Lunatic asylums in Bengal annual reports 1912-1924 - 1912-1924
Year: 1912
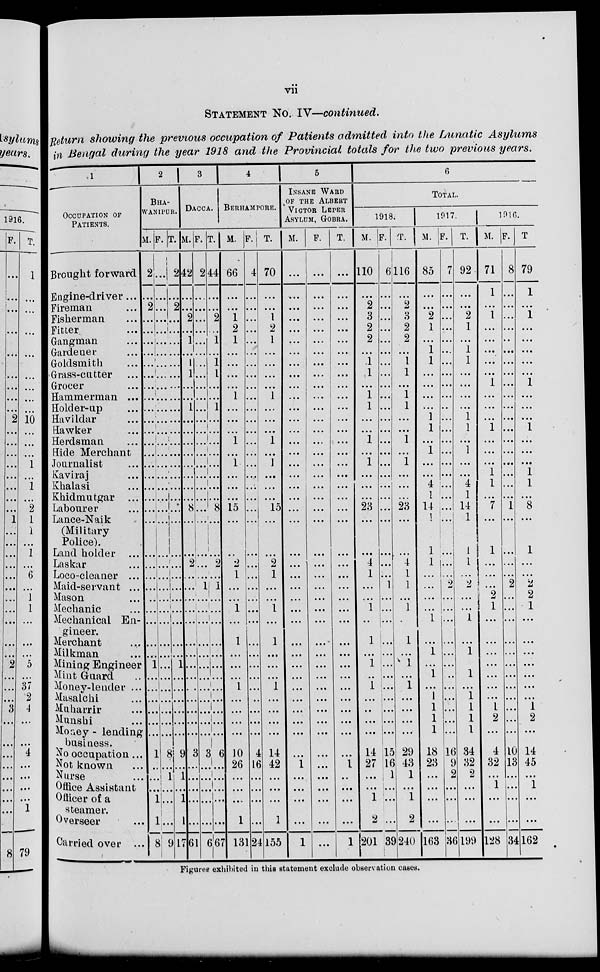
vii
STATEMENT No. IV—continued.
Return showing the previous occupation of Patients admitted into the Lunatic Asylums
in Bengal during the year 1918 and the Provincial totals for the two previous years.
1
OCCUPATION OF
PATIENTS.
Brought forward
Engine-driver ...
Fireman ...
Fisherman ...
Fitter ...
Gangman ...
Gardener ...
Goldsmith ...
Grass-cutter ...
Grocer ...
Hammerman ...
Holder-up ...
Havildar ...
Hawker ...
Herdsman ...
Hide Merchant
Journalist ...
Kaviraj ...
Khalasi ...
Khidmutgar ...
Labourer ...
Lauce-Naik
(Military
Police).
Land holder ...
Laskar ...
Loco-cleaner ...
Maid-servant ...
Mason ...
Mechanic ...
Mechanical En-
gineer.
Merchant ...
Milkman ...
Mining Engineer
Mint Guard ...
Money-lender ...
Masalchi ...
Muharrir ...
Munshi ...
Money - lending
business.
No occupation ...
Not known ...
Nurse ...
Office Assistant
Officer of a
steamer.
Overseer ...
Carried over ...
2
BHA-
WANIPUR.
M.
2
...
2
...
...
...
...
...
...
...
...
...
...
...
...
...
...
...
...
...
...
...
...
...
...
...
...
...
...
...
...
1
...
...
...
...
...
...
1
...
...
...
1
1
8
F.
...
...
...
...
...
...
...
...
...
...
...
...
...
...
...
...
...
...
...
...
...
...
...
...
...
...
...
...
...
...
...
...
...
...
...
...
...
...
8
...
1
...
...
...
9
T.
2
...
2
...
...
...
...
...
...
...
...
...
...
...
...
...
...
...
...
...
...
...
...
...
...
...
...
...
...
...
...
1
...
...
...
...
...
...
9
...
1
...
1
1
17
3
DACCA.
M.
42
...
...
2
...
1
...
1
1
...
...
1
...
...
...
...
...
...
...
...
8
...
...
2
...
...
...
...
...
...
...
...
...
...
...
...
...
...
3
...
...
...
...
...
61
F.
2
...
...
...
...
...
...
...
...
...
...
...
...
...
...
...
...
...
...
...
...
...
...
...
...
1
...
...
...
...
...
...
...
...
...
...
...
...
3
...
...
...
...
...
6
T.
44
...
...
2
...
1
...
1
1
...
...
1
...
...
...
...
...
...
...
...
8
...
...
2
...
1
...
...
...
...
...
...
...
...
...
...
...
...
6
...
...
...
...
...
67
4
BERHAMPORE.
M
66
...
...
1
2
1
...
...
...
...
1
...
...
...
1
...
1
...
...
...
15
...
...
2
1
...
...
1
...
1
...
...
...
1
...
...
...
...
10
26
...
...
...
1
131
F.
4
...
...
...
...
...
...
...
...
...
...
...
...
...
...
...
...
...
...
...
...
...
...
...
...
...
...
...
...
...
...
...
...
...
...
...
...
...
4
16
...
...
...
...
24
T.
70
...
...
1
2
1
...
...
...
...
1
...
...
...
1
...
1
...
...
...
15
...
...
2
1
...
...
1
...
1
...
...
...
1
...
...
...
...
14
42
...
...
...
1
155
5
INSANE WARD
OF THE ALBERT
VICTOR LEPER
ASYLUM, GOBRA.
M.
...
...
...
...
...
...
...
...
...
...
...
...
...
...
...
...
...
...
...
...
...
...
...
...
...
...
...
...
...
...
...
...
...
...
...
...
...
...
...
1
...
...
...
...
1
F.
...
...
...
...
...
...
...
...
...
...
...
...
...
...
...
...
...
...
...
...
...
...
...
...
...
...
...
...
...
...
...
...
...
...
...
...
...
...
...
...
...
...
...
...
...
T.
...
...
...
...
...
...
...
...
...
...
...
...
...
...
...
...
...
...
...
...
...
...
...
...
...
...
...
...
...
...
...
...
...
...
...
...
...
...
...
1
...
...
...
...
1
6
TOTAL.
1918.
M.
110
...
2
3
2
2
...
1
1
...
1
1
...
...
1
...
1
...
...
...
23
...
...
4
1
...
...
1
...
1
...
1
...
1
...
...
...
...
14
27
...
...
1
2
201
F.
6
...
...
...
...
...
...
...
...
...
...
...
...
...
...
...
...
...
...
...
...
...
...
...
...
1
...
...
...
...
...
...
...
...
...
...
...
...
15
16
1
...
...
...
39
T.
116
...
2
3
2
2
...
1
1
...
1
1
...
...
1
...
1
...
...
...
23
...
...
4
1
1
...
1
...
1
...
1
...
1
...
...
...
...
29
43
1
...
1
2
240
1917.
M.
85
...
...
2
1
...
1
1
...
...
...
...
1
1
...
1
...
...
4
1
14
1
1
1
...
...
...
...
1
...
1
...
1
...
1
1
1
1
18
23
...
...
...
...
163
F.
7
...
...
...
...
...
...
...
...
...
...
...
...
...
...
...
...
...
...
...
...
...
...
...
...
2
...
...
...
...
...
...
...
...
...
...
...
...
16
9
2
...
...
...
36
T.
92
...
...
2
1
...
1
1
...
...
...
...
1
1
...
1
...
...
4
1
14
1
1
1
...
2
...
...
1
...
1
...
1
...
1
1
1
1
34
32
2
...
...
...
199
1916.
M.
71
1
...
1
...
...
...
...
...
1
...
...
...
1
...
...
...
1
1
...
7
...
1
...
...
...
2
1
...
...
...
...
...
...
...
1
2
...
4
32
...
1
...
...
128
F.
8
...
...
...
...
...
...
...
...
...
...
...
...
...
...
...
...
...
...
...
1
...
...
...
...
2
...
...
...
...
...
...
...
...
...
...
...
...
10
13
...
...
...
...
34
T.
79
1
...
1
...
...
...
...
...
1
...
...
...
1
...
...
...
1
1
...
8
...
1
...
...
2
2
1
...
...
...
...
...
...
...
1
2
...
14
45
...
1
...
...
162
Figures exhibited in this statement exclude observation cases.